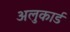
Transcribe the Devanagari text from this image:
अलुकार्ड